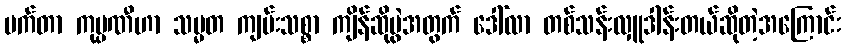
မက်တာ ကုမ္ပဏီဟာ သမ္မတ ကျမ်းသစ္စာ ကျိန်ဆိုပွဲအတွက် ဒေါ်လာ တစ်သန်းလှူဒါန်းတယ်ဆိုတဲ့အကြောင်း